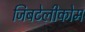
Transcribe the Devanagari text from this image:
जिबटेलीकोम